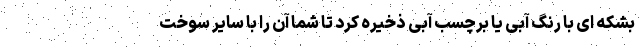
بشکه ای با رنگ آبی یا برچسب آبی ذخیره کرد تا شما آن را با سایر سوخت